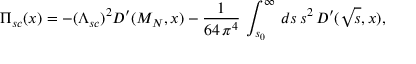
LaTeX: \Pi _ { s c } ( x ) = - ( \Lambda _ { s c } ) ^ { 2 } D ^ { \prime } ( M _ { N } , x ) - \frac { 1 } { 6 4 \, \pi ^ { 4 } } \, \int _ { s _ { 0 } } ^ { \infty } \, d s \, s ^ { 2 } \, D ^ { \prime } ( \sqrt { s } , x ) ,